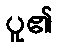
ပူ၏